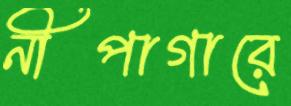
নীপাগারে